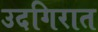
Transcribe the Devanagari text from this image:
उदगिरात